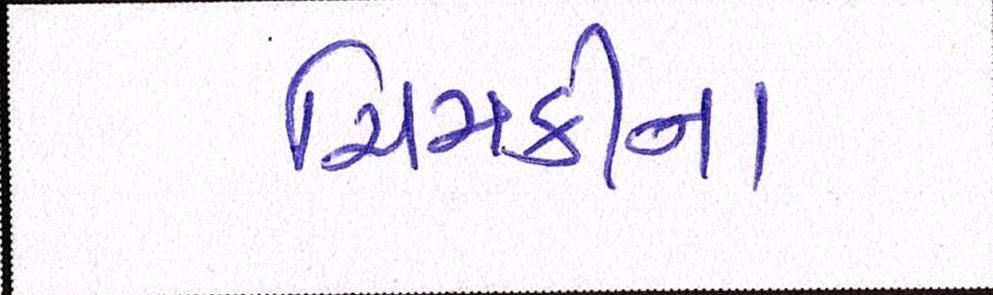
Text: ચિમકીના